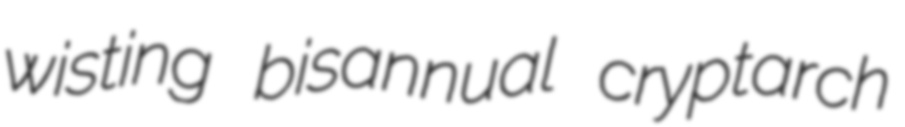
wisting bisannual cryptarch